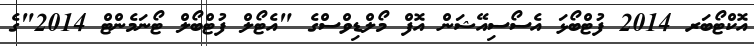
އޮކްޓޯބަރ 2014 ފުޓްބޯޅަ އެސޯސިއޭޝަން އޮފް މޯލްޑިވްސްގެ "އެޓޯލް ފުޓްބޯލް ޓޯނަމެންޓް 2014"ގެ